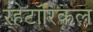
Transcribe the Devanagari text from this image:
ऱ्हेटॉरिकल